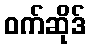
ဝက်ဆိုဒ်